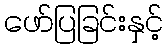
ဖော်ပြခြင်းနှင့်